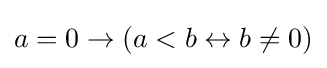
a=0\rightarrow (a<b\leftrightarrow b\neq 0)